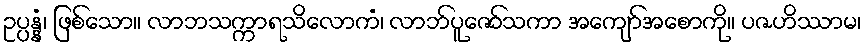
ဥပ္ပန္နံ၊ ဖြစ်သော။ လာဘသက္ကာရသိလောကံ၊ လာဘ်ပူဇော်သကာ အကျော်အစောကို။ ပဇဟိဿာမ၊